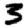
Digit: 3